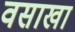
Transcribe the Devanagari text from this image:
वसाखा